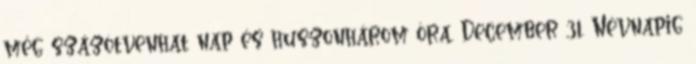
még százötvenhat nap és huszonhárom óra. December 31. Névnapig